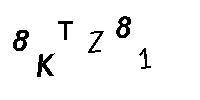
8KTZ81